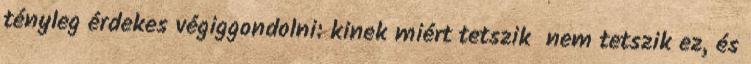
tényleg érdekes végiggondolni: kinek miért tetszik nem tetszik ez, és